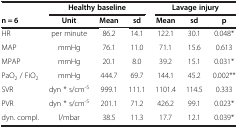
|  | <COLSPAN=3> Healthy baseline | <COLSPAN=3> Lavage injury |
 | n = 6 | Unit | Mean | sd | Mean | sd | p |
 | --- | --- | --- | --- | --- | --- | --- |
 | HR | per minute | 86.2 | 14.1 | 122.1 | 30.1 | 0.048* |
 | MAP | mmHg | 76.1 | 11.0 | 71.1 | 15.6 | 0.613 |
 | MPAP | mmHg | 20.1 | 8.0 | 39.2 | 15.1 | 0.031* |
 | PaO2 / FiO2 | mmHg | 444.7 | 69.7 | 144.1 | 45.2 | 0.002** |
 | SVR | dyn * s/cm-5 | 999.1 | 111.1 | 1101.4 | 114.5 | 0.333 |
 | PVR | dyn * s/cm-5 | 201.1 | 71.2 | 426.2 | 99.1 | 0.023* |
 | dyn. compl. | l/mbar | 38.5 | 11.3 | 17.7 | 12.1 | 0.039* |